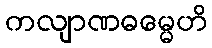
ကလျာဏဓမ္မေဟိ